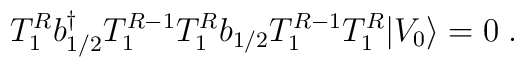
T^R_1 b{^\dagger _ {1/2}} T^{R-1}_1 T^R_1 b_{1/2} T^{R-1}_1 T^R_1 \vert V_0\rangle = 0\; .